Scottish Leaving Certificate Examination, 1961
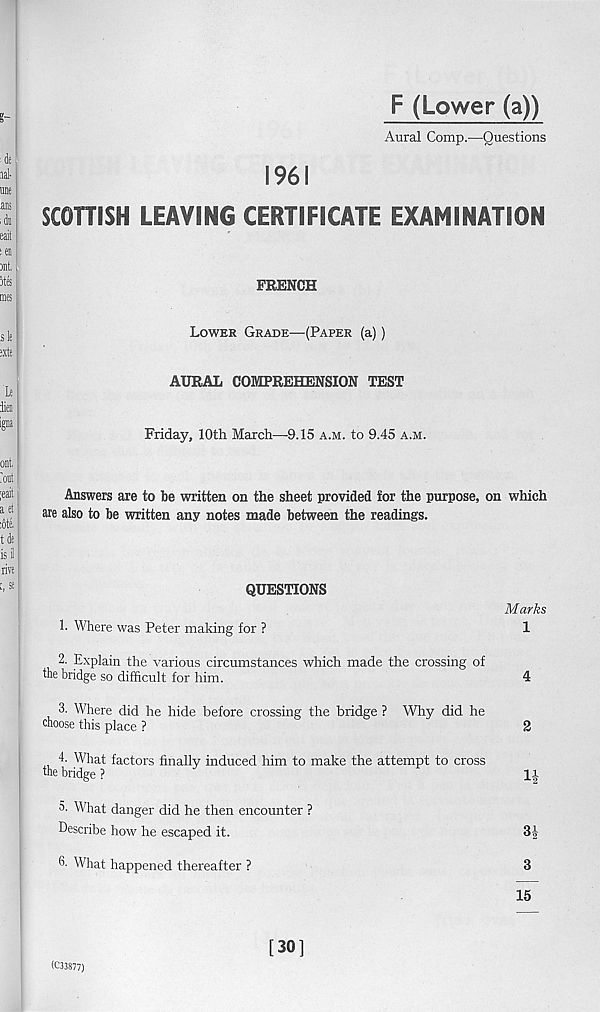
F (Lower (a))
Aural Comp.—Questions
1961
SCOHISH LEAVING CERTIFICATE EXAMINATION
FRENCH
Lower Grade—(Paper (a) )
AURAL COMPREHENSION TEST
Friday, 10th March—-9.15 a.m. to 9.45 a.m.
Answers are to he written on the sheet provided tor the purpose, on which
are also to be written any notes made between the readings.
QUESTIONS
Marks
1. Where was Peter making for ?
1
2. Explain the various circumstances which made the crossing of
the bridge so difficult for him.
4
3. Where did he hide before crossing the bridge ? Wiry did he
choose this place ?
2
4. What factors finally induced him to make the attempt to cross
the bridge?
1|
5. What danger did he then encounter ?
Describe how he escaped it.
3£
6- What happened thereafter ?
3
15
(C33877)
[30]